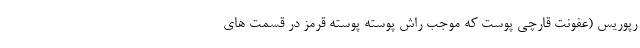
رپوریس (عفونت قارچی پوست که موجب راش پوسته پوسته قرمز در قسمت های